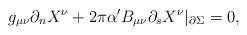
LaTeX: \begin{align*}g_{\mu\nu}\partial_{n}X^{\nu}+2\pi\alpha^{\prime}B_{\mu\nu}\partial_{s} X^{\nu}|_{\partial\Sigma}=0,\end{align*}